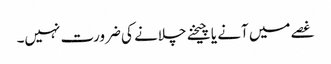
غصے میں آنے یا چیخنے چلانے کی ضرورت نہیں۔